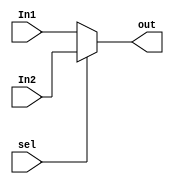
module Mux(
    input [31:0] In1, In2,
    input sel,
    output [31:0] out
);

assign out = sel? In2 : In1;

endmodule